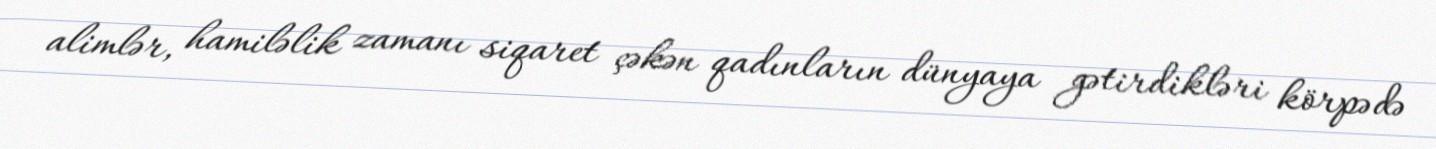
alimlər, hamiləlik zamanı siqaret çəkən qadınların dünyaya gətirdikləri körpədə